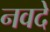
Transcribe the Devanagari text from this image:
नवदे